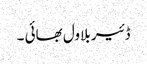
ڈئیر بلاول بھائی ۔